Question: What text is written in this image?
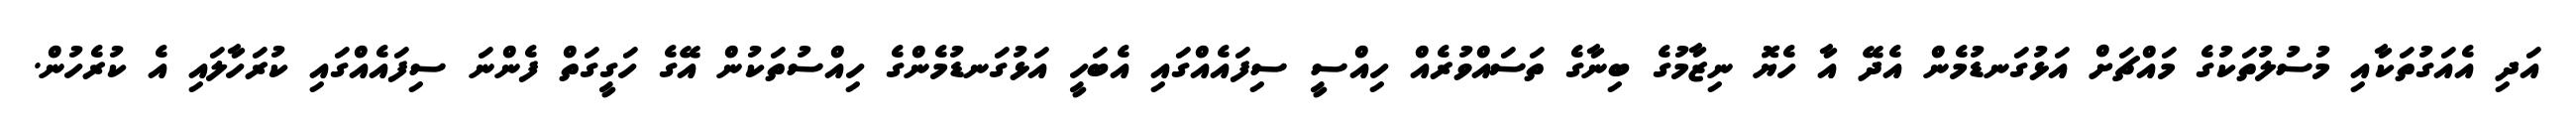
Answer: އަދި އެއަގުތަކާއި މުސުލުތަކުގެ މައްޗަށް އަޅުގަނޑުމެން އެދޭ އާ ހެޔޮ ނިޒާމުގެ ބިނާގެ ތަސައްވުރެއް ހިއްސީ ސިފައެއްގައި އެބަހީ އަޅުގަނޑުމެންގެ ހިއްސުތަކުން އޭގެ ހަގީގަތް ފެންނަ ސިފައެއްގައި ކުރަހާލައި އެ ކުރެހުން.